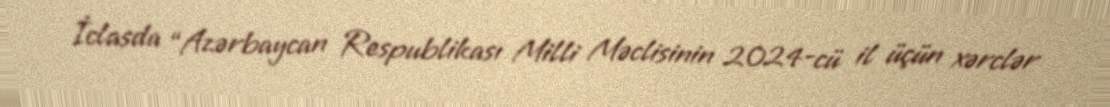
İclasda “Azərbaycan Respublikası Milli Məclisinin 2024-cü il üçün xərclər